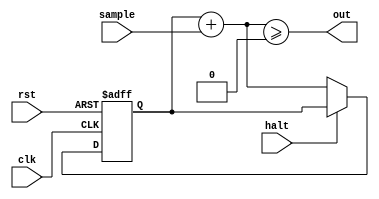
module accumulator_tnnzeq #(
    parameter SIZE = 4,      // Number of non-zero weights
    parameter BITS = 8       // Bits per sample
)(
    input clk,             // Clock input
    input rst,             // Reset input
    input halt,
    input signed [BITS:0] sample,  // Input data
    output out
);
reg signed [BITS+$clog2(SIZE+1):0] acc;
wire signed [BITS+$clog2(SIZE+1):0] next_acc;
assign next_acc = acc + sample;
assign out = next_acc >= 0;
always @(posedge clk or posedge rst) begin
    if (rst) begin
        acc <= 0;
    end else if (!halt) begin
        acc <= next_acc;
    end
end

endmodule